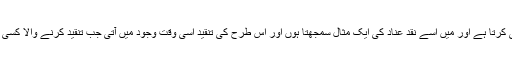
لیکن ظاہر ہے یہ جملہ مولانا کے مقام ومرتبہ کی نفی کرتا ہے اور میں اسے نقد عناد کی ایک مثال سمجھتا ہوں اور اس طرح کی تنقید اسی وقت وجود میں آتی جب تنقید کرنے والا کسی سبب سے ‘منقود’ کے مقابلے میں کمزور پڑ جاتا ہے۔